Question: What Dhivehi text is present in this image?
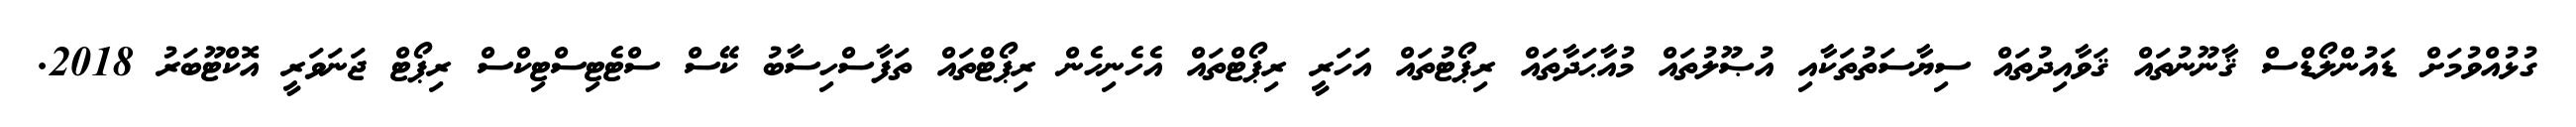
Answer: ގުޅުއްވުމަށް ޑައުންލޯޑްސް ޤާނޫނުތައް ޤަވާއިދުތައް ސިޔާސަތުތަކާއި އުޞޫލުތައް މުއާޙަދާތައް ރިޕޯޓުތައް އަހަރީ ރިޕޯޓްތައް އެހެނިހެން ރިޕޯޓްތައް ތަފާސްހިސާބު ކޭސް ސްޓެޓިސްޓިކްސް ރިޕޯޓް ޖަނަވަރީ އޮކްޓޫބަރު 2018.